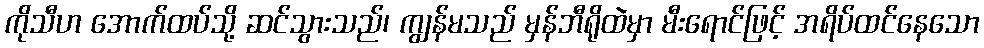
ကိုသီဟ အောက်ထပ်သို့ ဆင်သွားသည်၊ ကျွန်မသည် မှန်ဘီရိုထဲမှာ မီးရောင်ဖြင့် အရိပ်ထင်နေသော